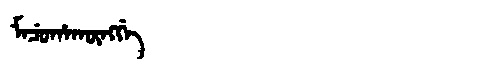
Manchu: ᠮᠠᠴᡠᡥᠠᡴᡡᠩᡤᡝ
Romanization: MACUHAKŪNGGE